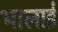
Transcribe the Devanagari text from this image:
भालाई